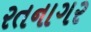
રતનાગર